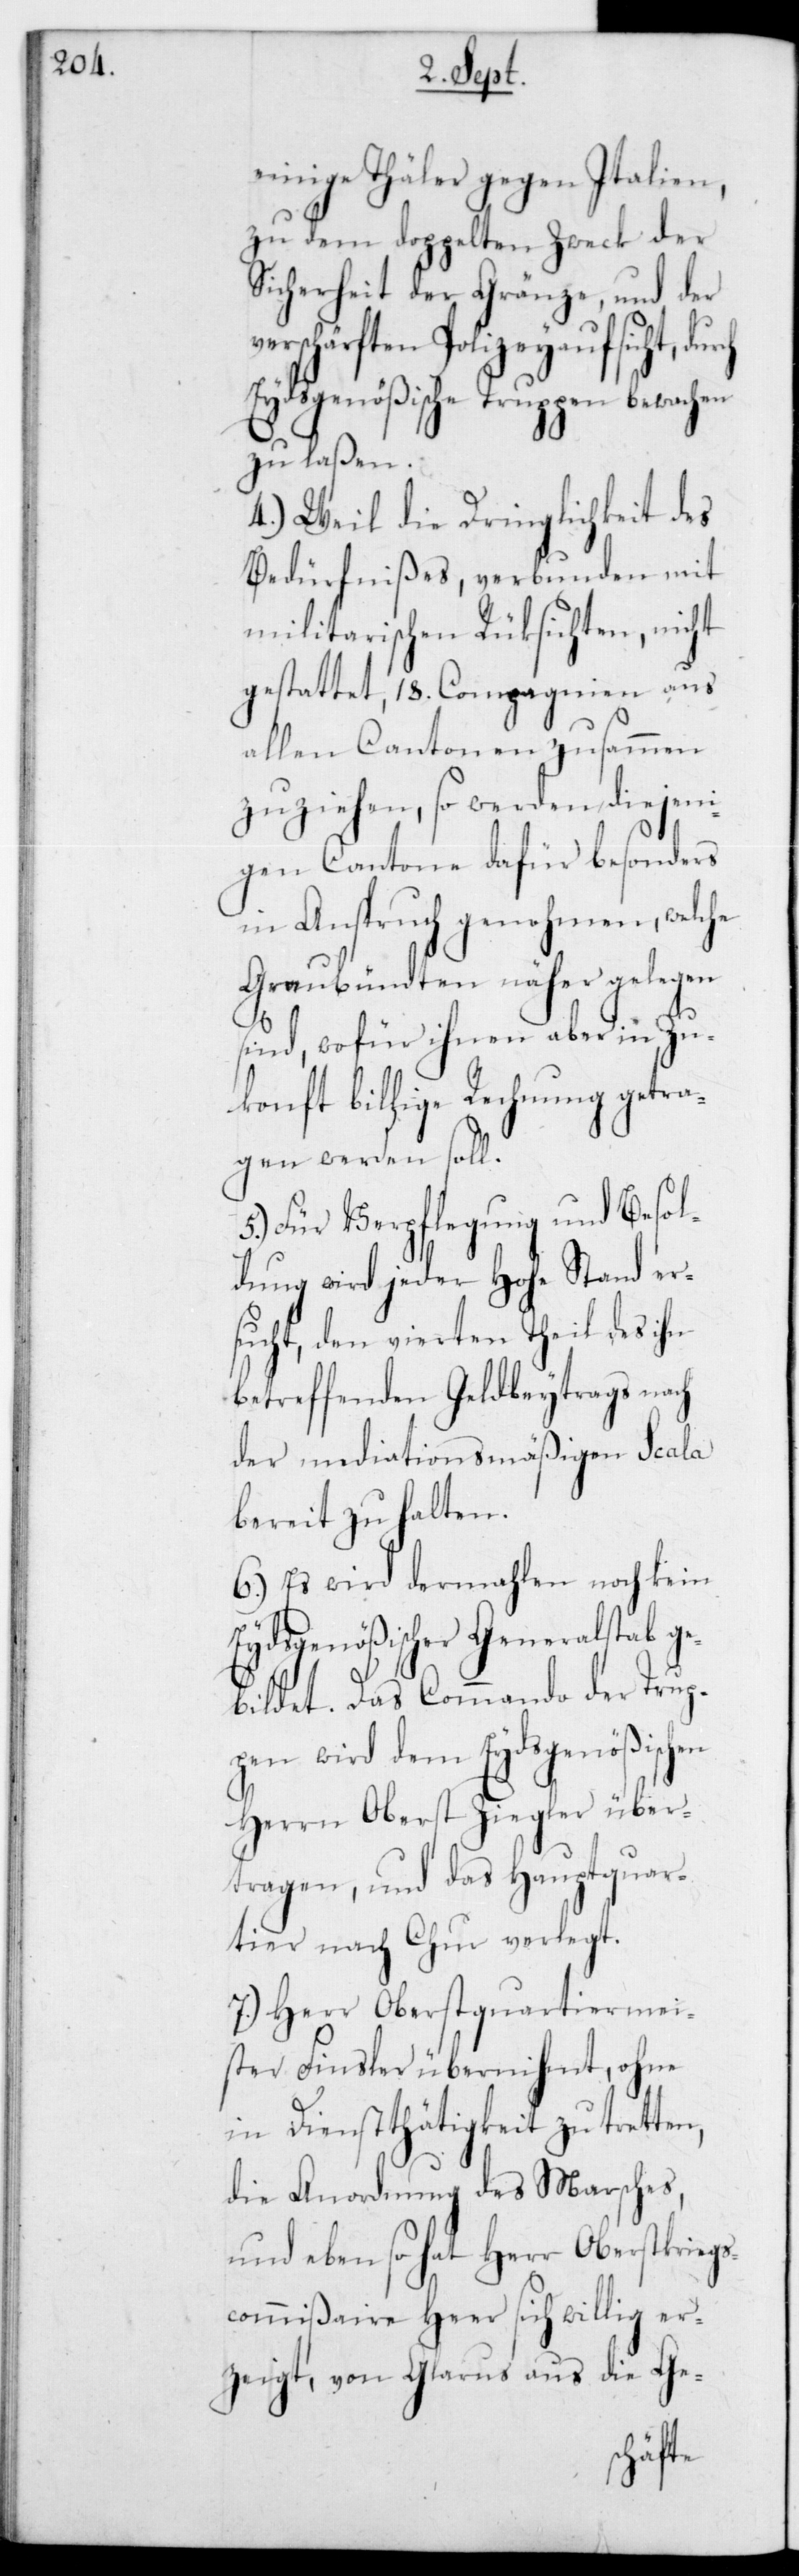
einige Thäler gegen Italien,
zu dem doppelten Zweck der
Sicherheit der Gränze, und der
schärften Polizeyaufsicht,
Eydsgenößische Truppen bewachen
zu laßen.
4.) Weil die Dringlichkeit des
Bedürfnißes, verbunden mit
Militarischen Rücksichten, nicht
gestattet, 18 Compagnien aus
allen Cantonen zusammen
zu ziehen, so werden diejeni¬
gen Cantone dafür besonders
in Anspruch genohmen, welche
Graubündten näher gelegen
sind, wofür ihnen aber in Zu¬
konft billige Rechnung getra¬
gen werden soll.
5.) Für Verpflegung und Besol¬
dung wird jeder HoheStand er¬
sucht, den vierten Theil des ihn
betreffenden Geldbeytrags nach
der mediationsmäßigen Scala
bereit zu halten.
6.) Es wird dermahlen noch kein
Eydsgenößischer Generalstab ge¬
bildet. Das Commando der Trup¬
pen wird dem Eydsgenößischen
Herrn Oberst Ziegler über¬
tragen, und das Hauptquar¬
tier nach Chur verlegt.
7.) Herr Oberstquartiermei¬
ster Finsler übernihmt, ohne
in Dienstthätigkeit zu tretten,
die Anordnung des Marsches,
und ebenso hat Herr Oberstkriegs¬
commißaire Heer sich willig er¬
zeigt, von Glarus aus die Ge-
ver¬